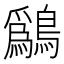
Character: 𫛔